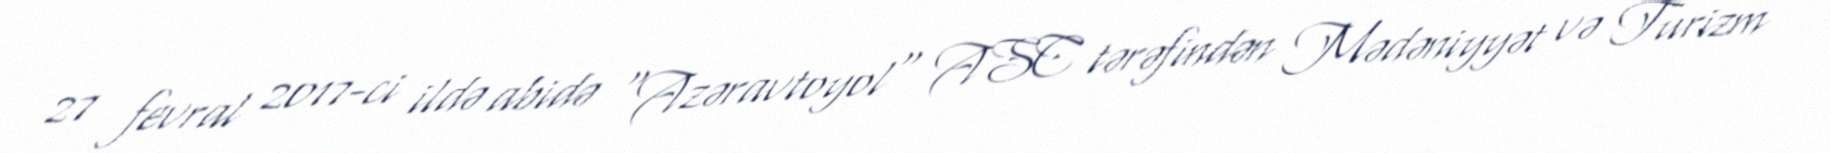
27 fevral 2017-ci ildə abidə "Azəravtoyol" ASC tərəfindən Mədəniyyət və Turizm